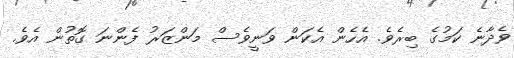
ވެދާނެ ކަމުގެ ބިރެވެ. އެހެން އެކަން ވަނީވެސް މަންޒަރު ފެންނަ ގޮތުން އެވެ.